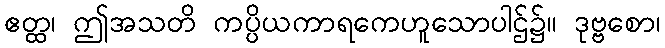
ဧတ္ထ၊ ဤအသတိ ကပ္ပိယကာရကေဟူသောပါဌ်၌။ ဒုဗ္ဗစော၊